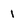
Character: 1